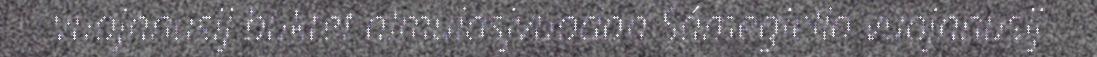
vuojnnusij buktet almulasjvuodan Sámegiella vuojnnusij